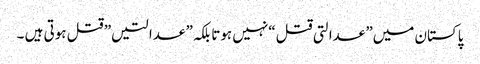
پاکستان میں” عدالتی قتل “نہیں ہوتا بلکہ” عدالتیں” قتل ہوتی ہیں ۔